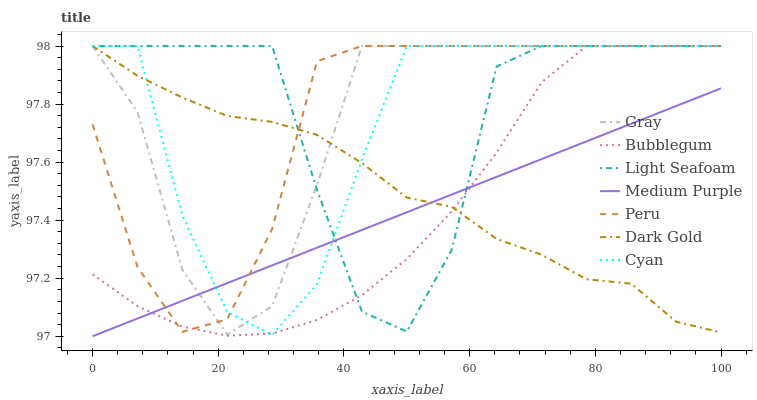
| xaxis_label | Gray | Bubblegum | Light Seafoam | Medium Purple | Peru | Dark Gold | Cyan |
 | --- | --- | --- | --- | --- | --- | --- | --- |
 | 0 | 98 | 97.2 | 98 | 97 | 97.7 | 98 | 98 |
 | 7.14 | 97.8 | 97.1 | 98 | 97.1 | 97.2 | 97.9 | 98 |
 | 14.3 | 97.2 | 97 | 98 | 97.1 | 97 | 97.8 | 97.4 |
 | 21.4 | 97 | 97 | 98 | 97.2 | 97.1 | 97.8 | 97.1 |
 | 28.6 | 97.1 | 97 | 98 | 97.2 | 97.4 | 97.7 | 97 |
 | 35.7 | 97.5 | 97.1 | 97.5 | 97.3 | 97.9 | 97.7 | 97.2 |
 | 42.9 | 98 | 97.1 | 97.1 | 97.4 | 98 | 97.6 | 97.6 |
 | 50 | 98 | 97.3 | 97 | 97.4 | 98 | 97.5 | 98 |
 | 57.1 | 98 | 97.4 | 97.3 | 97.5 | 98 | 97.4 | 98 |
 | 64.3 | 98 | 97.6 | 97.9 | 97.5 | 98 | 97.3 | 98 |
 | 71.4 | 98 | 97.9 | 98 | 97.6 | 98 | 97.3 | 98 |
 | 78.6 | 98 | 98 | 98 | 97.7 | 98 | 97.2 | 98 |
 | 85.7 | 98 | 98 | 98 | 97.7 | 98 | 97.2 | 98 |
 | 92.9 | 98 | 98 | 98 | 97.8 | 98 | 97 | 98 |
 | 100 | 98 | 98 | 98 | 97.9 | 98 | 97 | 98 |